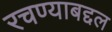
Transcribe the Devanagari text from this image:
रचण्याबद्दल